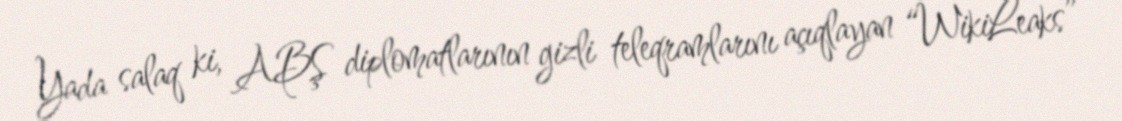
Yada salaq ki, ABŞ diplomatlarının gizli teleqramlarını açıqlayan “WikiLeaks”